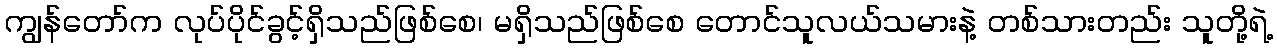
ကျွန်တော်က လုပ်ပိုင်ခွင့်ရှိသည်ဖြစ်စေ၊ မရှိသည်ဖြစ်စေ တောင်သူလယ်သမားနဲ့ တစ်သားတည်း သူတို့ရဲ့